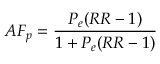
A F _ { p } = { \frac { P _ { e } ( R R - 1 ) } { 1 + P _ { e } ( R R - 1 ) } }